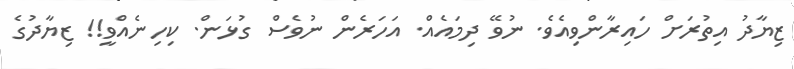
ޒިޔާދު އިތުރަށް ހައިރާންވިއެވެ. ނުވޭ ދިމައެއް. އަހަރެން ނުވެސް ގުޅަން. ކިހިނެއްވީ!! ޒިޔާދުގެ